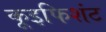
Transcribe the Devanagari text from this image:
कूइफिशंट